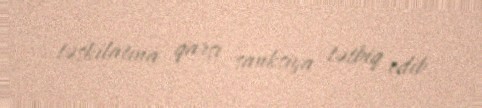
təşkilatına qarşı sanksiya tətbiq edib.